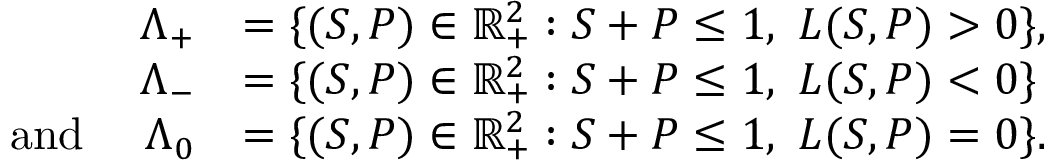
\begin{array} { r l } { \Lambda _ { + } } & { = \{ ( S , P ) \in \mathbb { R } _ { + } ^ { 2 } : S + P \le 1 , \ L ( S , P ) > 0 \} , } \\ { \Lambda _ { - } } & { = \{ ( S , P ) \in \mathbb { R } _ { + } ^ { 2 } : S + P \le 1 , \ L ( S , P ) < 0 \} } \\ { \mathrm { ~ a n d ~ } \quad \Lambda _ { 0 } } & { = \{ ( S , P ) \in \mathbb { R } _ { + } ^ { 2 } : S + P \le 1 , \ L ( S , P ) = 0 \} . } \end{array}